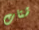
شتات